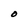
Character: O